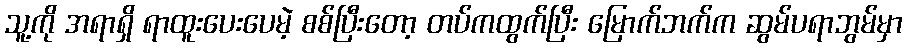
သူ့ကို အရာရှိ ရာထူးပေးပေမဲ့ စစ်ပြီးတော့ တပ်ကထွက်ပြီး မြောက်ဘက်က ဆွမ်ပရာဘွမ်မှာ